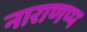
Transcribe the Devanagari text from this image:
नाराणप्प